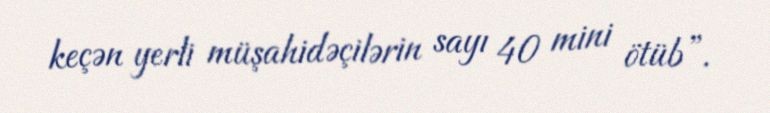
keçən yerli müşahidəçilərin sayı 40 mini ötüb”.